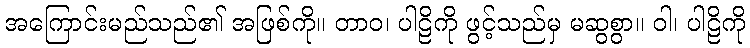
အကြောင်းမည်သည်၏ အဖြစ်ကို။ တာဝ၊ ပါဠိကို ဖွင့်သည်မှ မဆွစွာ။ ဝါ၊ ပါဠိကို